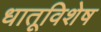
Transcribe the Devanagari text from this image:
धातूविशेष